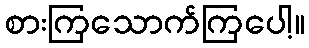
စားကြသောက်ကြပေါ့။